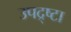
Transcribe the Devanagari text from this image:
उपद्र्ष्टा